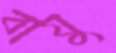
বাযু